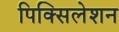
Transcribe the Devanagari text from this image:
पिक्सिलेशन